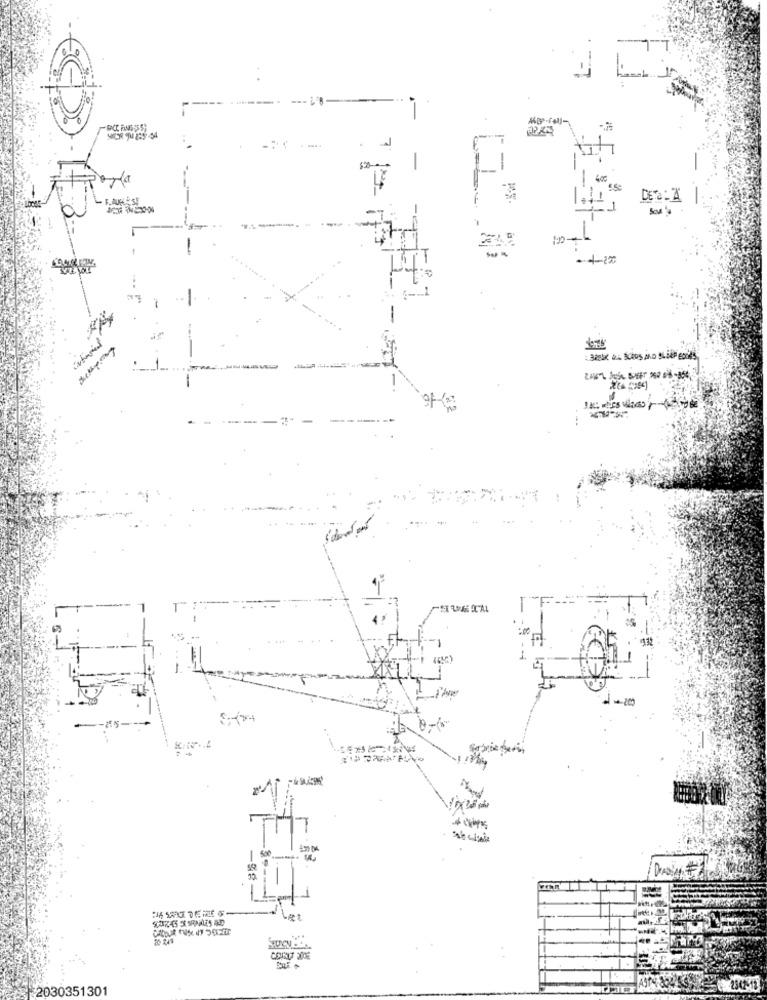
---
7
F
- + 220
--
1
La:
20 243
+2030351301